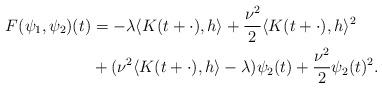
LaTeX: \begin{align*} F(\psi_1,\psi_2)(t)&= -\lambda \langle K(t+\cdot), h \rangle + \frac{\nu^2}2 \langle K(t+\cdot), h \rangle ^2 \\ &+ ( \nu^2 \langle K(t+\cdot), h \rangle - \lambda)\psi_2(t) + \frac{\nu^2}2 \psi_2(t)^2.\end{align*}